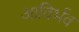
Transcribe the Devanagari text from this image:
आविर्भव